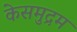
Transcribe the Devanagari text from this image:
केसमुद्रम